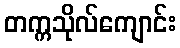
တက္ကသိုလ်ကျောင်း